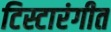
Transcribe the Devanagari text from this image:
टिस्टारंगीत